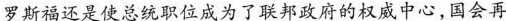
罗斯福还是使总统职位成为了联邦政府的权威中心，国会再